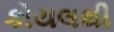
કોયલથી